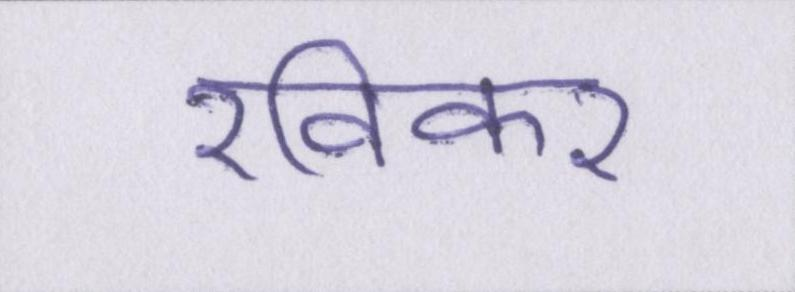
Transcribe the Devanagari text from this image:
रविकर